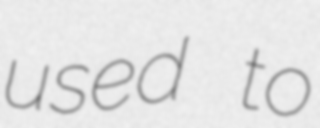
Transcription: used to